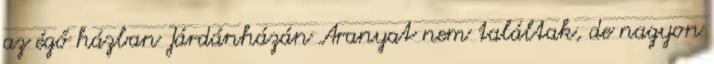
az égő házban Járdánházán Aranyat nem találtak, de nagyon